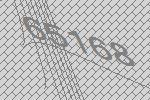
65168